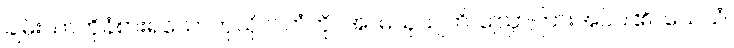
ချမ်းသာကိုခံစားရသောကုသိုလ်ကံကို။ အာမသုယျတိ၊ ဩော်ကြားအပ်ပါ၏။ ယေသံ၊